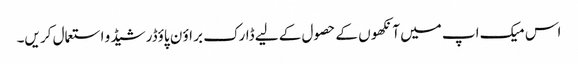
اس میک اپ میں آنکھو ں کے حصو ل کے لیے ڈارک بر اؤ ن پاؤڈر شیڈ و استعمال کر یں۔